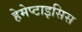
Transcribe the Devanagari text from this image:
हेमेप्टाइसिस